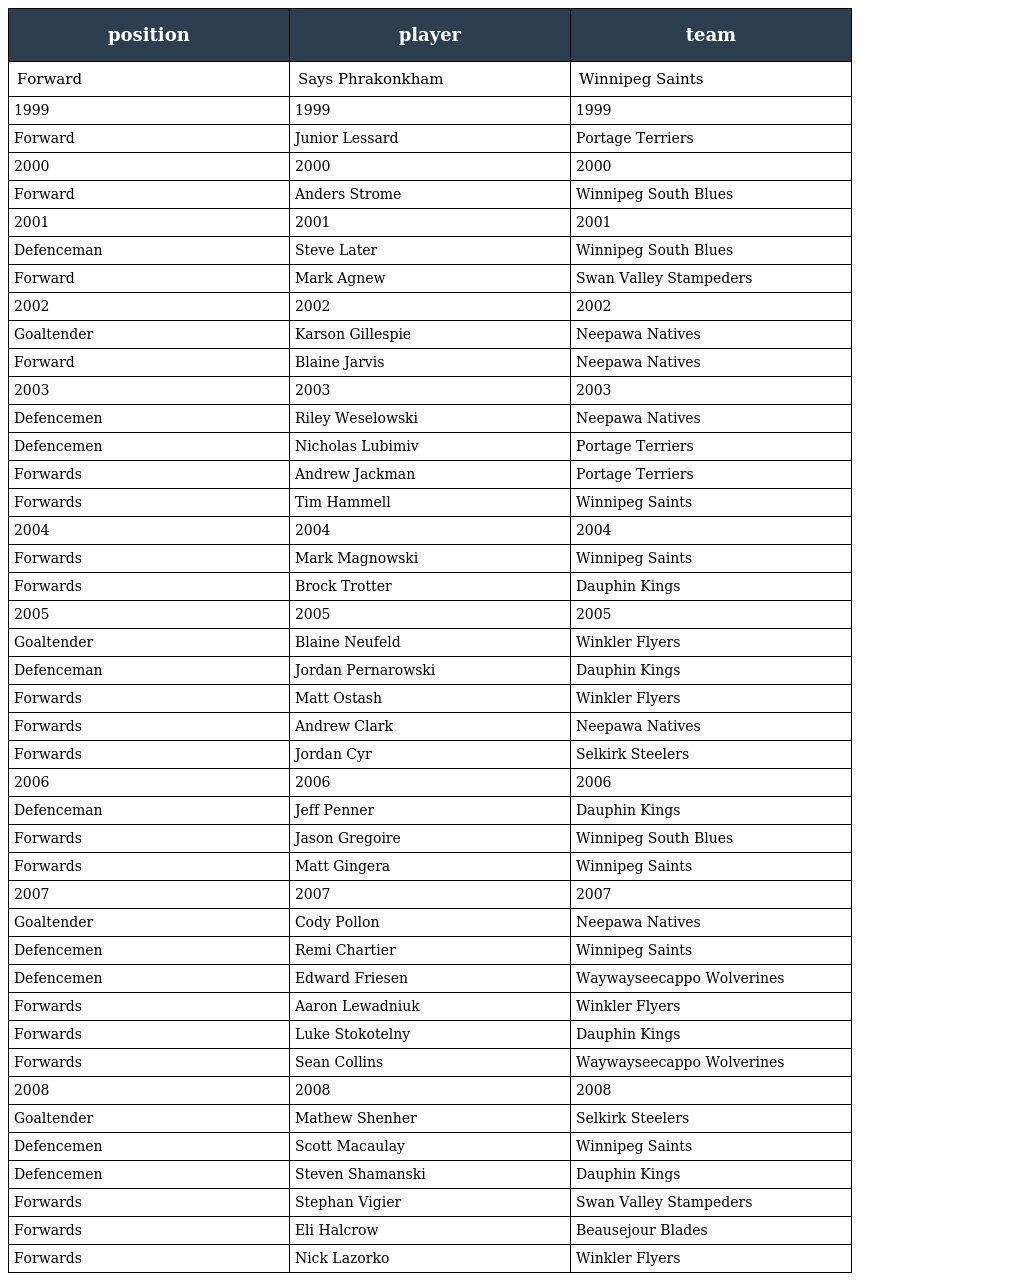
| position | player | team |
 | --- | --- | --- |
 | Forward | Says Phrakonkham | Winnipeg Saints |
 | 1999 | 1999 | 1999 |
 | Forward | Junior Lessard | Portage Terriers |
 | 2000 | 2000 | 2000 |
 | Forward | Anders Strome | Winnipeg South Blues |
 | 2001 | 2001 | 2001 |
 | Defenceman | Steve Later | Winnipeg South Blues |
 | Forward | Mark Agnew | Swan Valley Stampeders |
 | 2002 | 2002 | 2002 |
 | Goaltender | Karson Gillespie | Neepawa Natives |
 | Forward | Blaine Jarvis | Neepawa Natives |
 | 2003 | 2003 | 2003 |
 | Defencemen | Riley Weselowski | Neepawa Natives |
 | Defencemen | Nicholas Lubimiv | Portage Terriers |
 | Forwards | Andrew Jackman | Portage Terriers |
 | Forwards | Tim Hammell | Winnipeg Saints |
 | 2004 | 2004 | 2004 |
 | Forwards | Mark Magnowski | Winnipeg Saints |
 | Forwards | Brock Trotter | Dauphin Kings |
 | 2005 | 2005 | 2005 |
 | Goaltender | Blaine Neufeld | Winkler Flyers |
 | Defenceman | Jordan Pernarowski | Dauphin Kings |
 | Forwards | Matt Ostash | Winkler Flyers |
 | Forwards | Andrew Clark | Neepawa Natives |
 | Forwards | Jordan Cyr | Selkirk Steelers |
 | 2006 | 2006 | 2006 |
 | Defenceman | Jeff Penner | Dauphin Kings |
 | Forwards | Jason Gregoire | Winnipeg South Blues |
 | Forwards | Matt Gingera | Winnipeg Saints |
 | 2007 | 2007 | 2007 |
 | Goaltender | Cody Pollon | Neepawa Natives |
 | Defencemen | Remi Chartier | Winnipeg Saints |
 | Defencemen | Edward Friesen | Waywayseecappo Wolverines |
 | Forwards | Aaron Lewadniuk | Winkler Flyers |
 | Forwards | Luke Stokotelny | Dauphin Kings |
 | Forwards | Sean Collins | Waywayseecappo Wolverines |
 | 2008 | 2008 | 2008 |
 | Goaltender | Mathew Shenher | Selkirk Steelers |
 | Defencemen | Scott Macaulay | Winnipeg Saints |
 | Defencemen | Steven Shamanski | Dauphin Kings |
 | Forwards | Stephan Vigier | Swan Valley Stampeders |
 | Forwards | Eli Halcrow | Beausejour Blades |
 | Forwards | Nick Lazorko | Winkler Flyers |